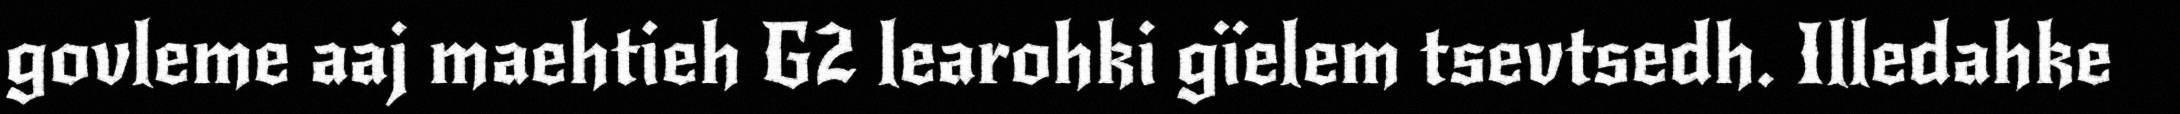
govleme aaj maehtieh G2 learohki gïelem tsevtsedh. Illedahke